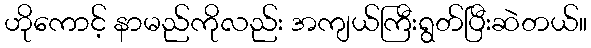
ဟိုကောင့် နာမည်ကိုလည်း အကျယ်ကြီးရွတ်ပြီးဆဲတယ်။